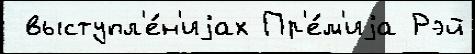
 выступл'е́н'иjах Пр'е́м'иjа Рэй